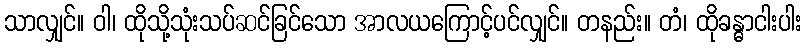
သာလျှင်။ ဝါ၊ ထိုသို့သုံးသပ်ဆင်ခြင်သော အာလယကြောင့်ပင်လျှင်။ တနည်း။ တံ၊ ထိုခန္ဓာငါးပါး